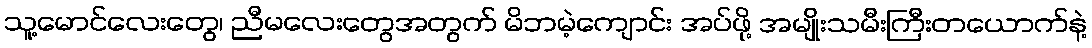
သူ့မောင်လေးတွေ၊ ညီမလေးတွေအတွက် မိဘမဲ့ကျောင်း အပ်ဖို့ အမျိုးသမီးကြီးတယောက်နဲ့